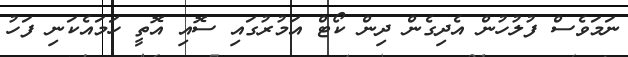
ނަމަވެސް ފުލުހުން އެދިގެން ދިން ކޯޓް އަމުރުގައި ސޮއި އޮތީ ހަމައެކަނި ފަހު